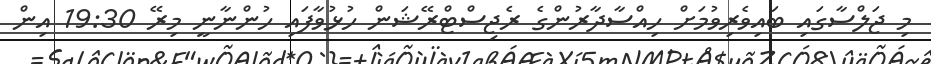
މި ޖަލްސާގައި ބައިވެރިވުމަށް ހިއްސާދާރުންގެ ރެޖިސްޓްރޭޝަން ހުޅުވާފައި ހުންނާނީ މިރޭ 19:30 އިން